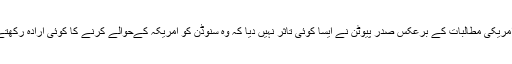
لیکن امریکی مطالبات کے برعکس صدر پیوٹن نے ایسا کوئی تاثر نہیں دیا کہ وہ سنوڈن کو امریکہ کےحوالے کرنے کا کوئی ارادہ رکھتے ہیں۔